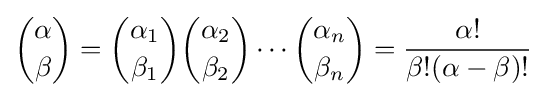
{\binom {\alpha }{\beta }}={\binom {\alpha _{1}}{\beta _{1}}}{\binom {\alpha _{2}}{\beta _{2}}}\cdots {\binom {\alpha _{n}}{\beta _{n}}}={\frac {\alpha !}{\beta !(\alpha -\beta )!}}